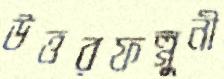
উত্তরফল্গুনী